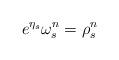
LaTeX: \begin{align*}e^{\eta_s}\omega_s^n=\rho_s^n\end{align*}